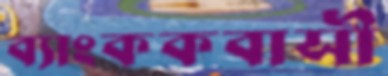
ব্যাংককবাসী